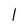
Character: 1